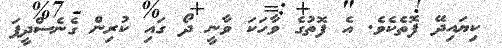
ކިޔައިދޭ ފޮތެކެވެ. އެ ފޮތުގެ ވާހަކަ ވާނީ ދޯ ގައި ކުރިން ގެނެސްދީފަ